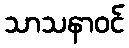
သာသနာဝင်